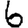
Digit: 6